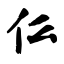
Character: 仫